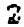
2